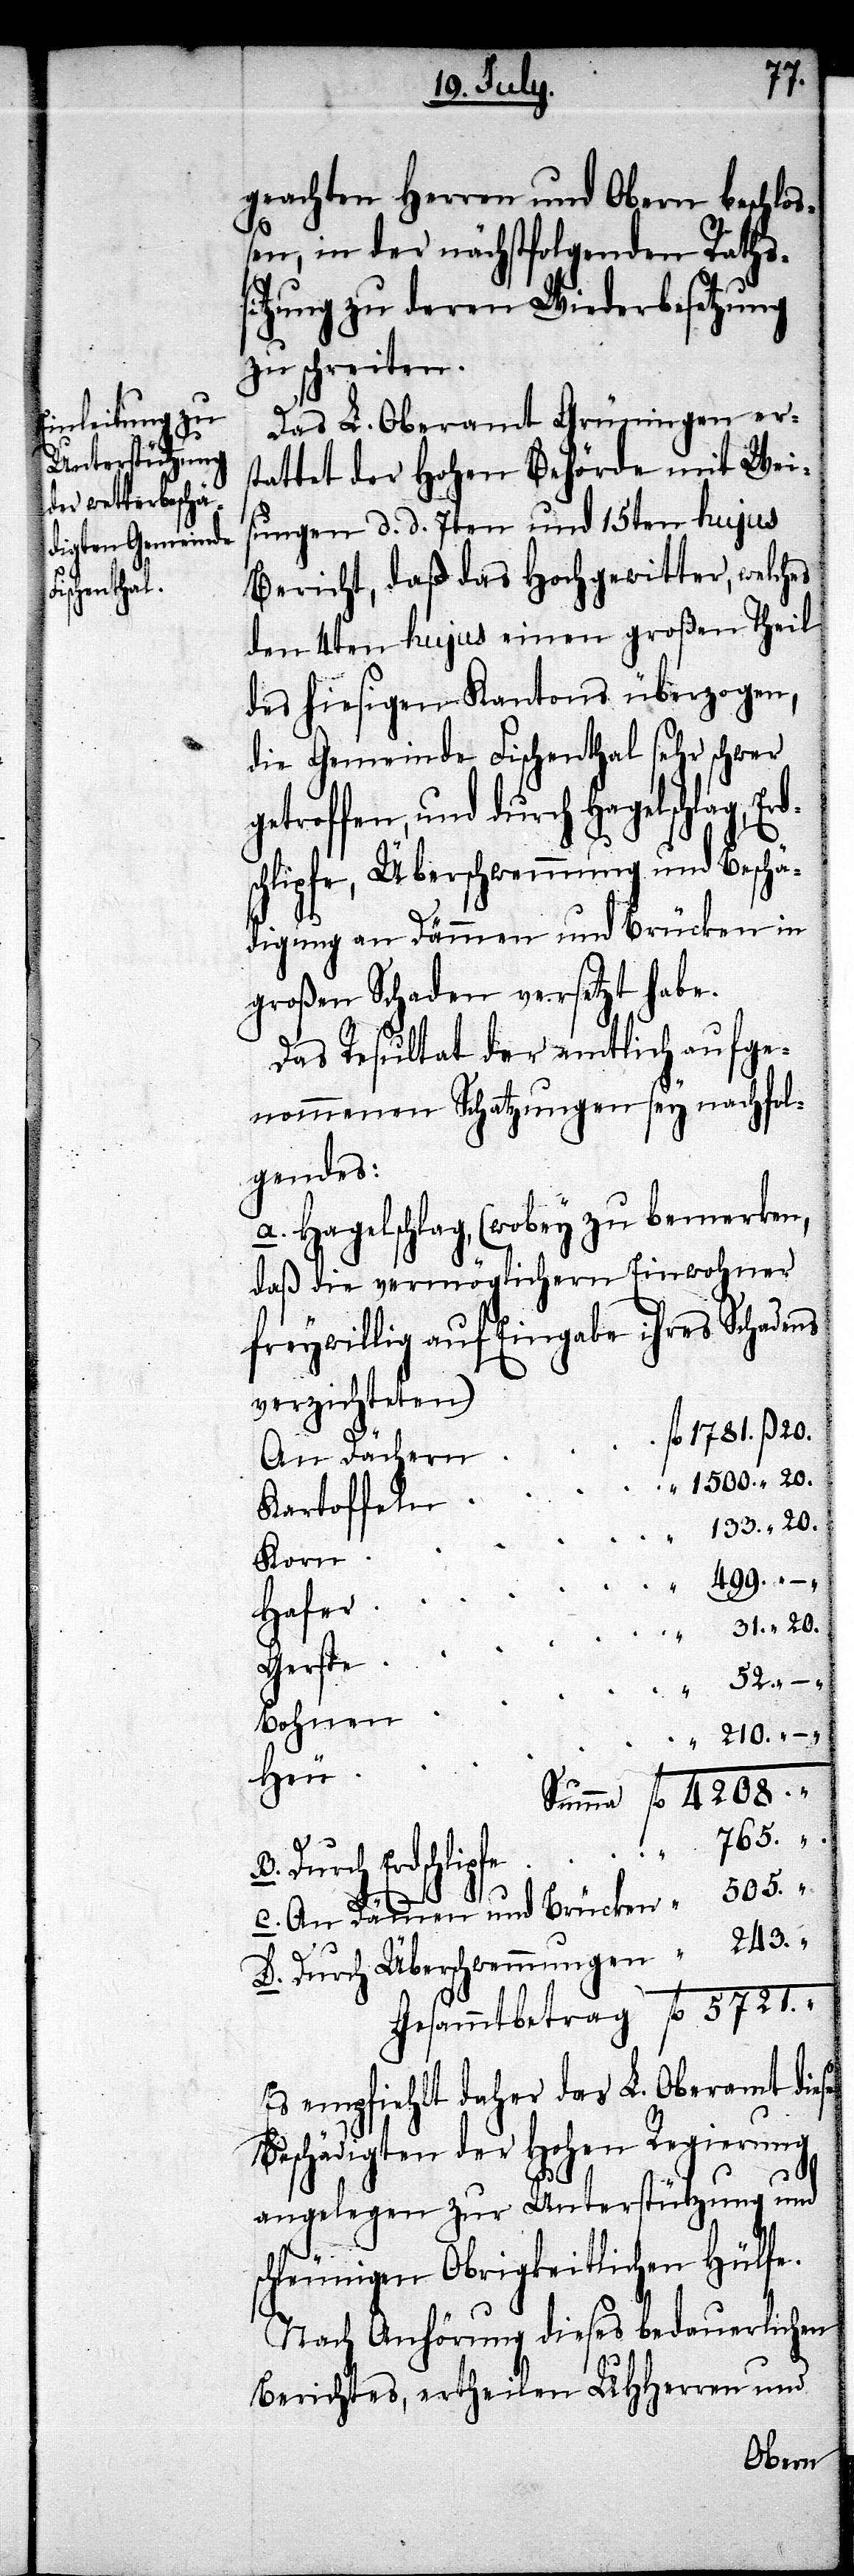
243.
geachten Herren und Obern beschloß¬
en, in der nächstfolgenden Raths¬
sitzung zu deren Wiederbesetzung
zu schreiten.
Das L. Oberamt Grüningen ers¬
tattet der Hohen Behörde mit Wei¬
sungen d. d. 7ten und 15ten hujus
Bericht, daß das Hochgewitter, welches
den 4ten hujus einen großen Theil
des hiesigen Kantons überzogen,
die Gemeinde Fischenthal sehr schwer
getroffen, und durch Hagelschlag, E¬
chlipfe, Überschwemmung und Beschä¬
digung an Dämmen und Brücken in
großen Schaden versetzt habe.
Das Resultat der amtlich aufge¬
nommenen Schatzungen sey nachfol¬
gendes:
A. Hagelschlag, (wobey zu bemerken,
daß die vermöglichen Einwohner
freywillig auf Eingabe ihres Schadens
verzichteten)
fl.
An Dächern
Kartoffeln
Korn
Hafer
Gerste
Bohnen
5721.
C. An Dämmen und Brücken
D. Durch Überschwemmungen
Es empfiehlt daher das L. Oberamt diese
Beschädigten der Hohen Regierung
angelegen zur Unterstützung und
schleuniger Obrigkeitlichen Hülfe.
Nach Anhörung dieses bedauerlichen
Berichtes, ertheilten UHHerren und